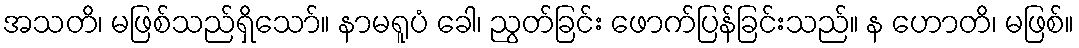
အသတိ၊ မဖြစ်သည်ရှိသော်။ နာမရူပံ ခေါ၊ ညွတ်ခြင်း ဖောက်ပြန်ခြင်းသည်။ န ဟောတိ၊ မဖြစ်။